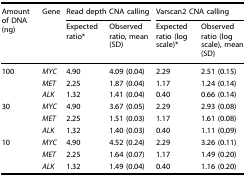
<table><thead><tr><td rowspan="2"><b>Amount of DNA (ng)</b></td><td rowspan="2"><b>Gene</b></td><td colspan="2"><b>Read depth CNA calling</b></td><td colspan="2"><b>Varscan2 CNA calling</b></td></tr><tr><td><b>Expected ratio*</b></td><td><b>Observed ratio, mean (SD)</b></td><td><b>Expected ratio (log scale)*</b></td><td><b>Observed ratio (log scale), mean (SD)</b></td></tr></thead><tbody><tr><td rowspan="3">100</td><td><i>MYC</i></td><td>4.90</td><td>4.09 (0.04)</td><td>2.29</td><td>2.51 (0.15)</td></tr><tr><td><i>MET</i></td><td>2.25</td><td>1.87 (0.04)</td><td>1.17</td><td>1.24 (0.14)</td></tr><tr><td><i>ALK</i></td><td>1.32</td><td>1.41 (0.04)</td><td>0.40</td><td>0.66 (0.14)</td></tr><tr><td rowspan="3">30</td><td><i>MYC</i></td><td>4.90</td><td>3.67 (0.05)</td><td>2.29</td><td>2.93 (0.08)</td></tr><tr><td><i>MET</i></td><td>2.25</td><td>1.51 (0.03)</td><td>1.17</td><td>1.61 (0.08)</td></tr><tr><td><i>ALK</i></td><td>1.32</td><td>1.40 (0.03)</td><td>0.40</td><td>1.11 (0.09)</td></tr><tr><td rowspan="3">10</td><td><i>MYC</i></td><td>4.90</td><td>4.52 (0.24)</td><td>2.29</td><td>3.26 (0.11)</td></tr><tr><td><i>MET</i></td><td>2.25</td><td>1.64 (0.07)</td><td>1.17</td><td>1.49 (0.20)</td></tr><tr><td><i>ALK</i></td><td>1.32</td><td>1.49 (0.04)</td><td>0.40</td><td>1.16 (0.20)</td></tr></tbody></table>